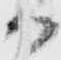
而